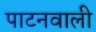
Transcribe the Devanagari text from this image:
पाटनवाली